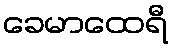
ခေမာထေရီ